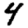
Digit: 4